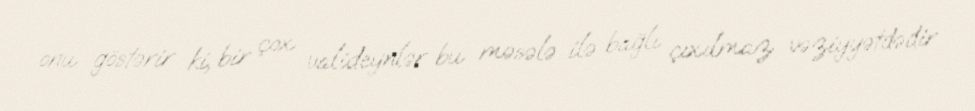
onu göstərir ki, bir çox valideynlər bu məsələ ilə bağlı çıxılmaz vəziyyətdədir